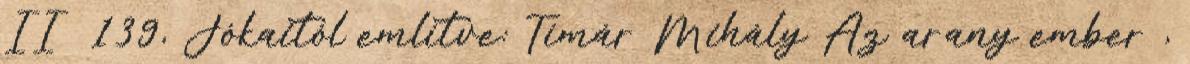
II 139, Jókaitól említve: Tímár Mihály Az arany ember ,